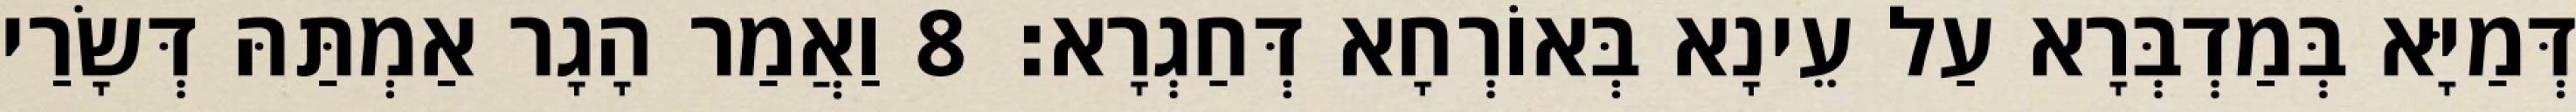
דְּמַיָּא בְּמַדְבְּרָא עַל עֵינָא בְּאוֹרְחָא דְּחַגְרָא׃ 8 וַאֲמַר הָגָר אַמְתַּהּ דְּשָׂרַי